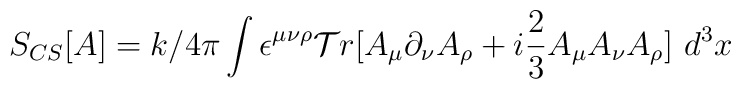
S_{CS}[A] = k/4\pi \int \epsilon^{\mu\nu\rho} {\cal T}r[A_{\mu} \partial_{\nu}A_{\rho} + i\frac{2}{3}A_{\mu}A_{\nu}A_{\rho}] \ d^3 x